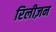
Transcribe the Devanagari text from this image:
रिलीज़न